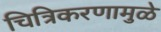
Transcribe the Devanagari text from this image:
चित्रिकरणामुळे